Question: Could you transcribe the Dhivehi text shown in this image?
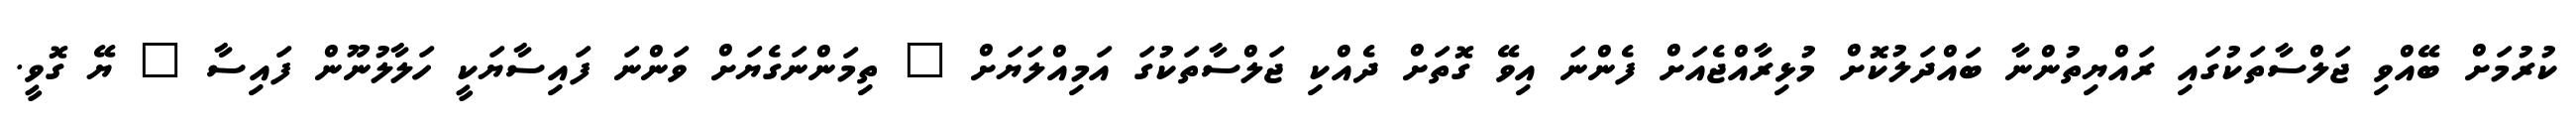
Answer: ކުރުމަށް ބޭއްވި ޖަލްސާތަކުގައި ރައްޔިތުންނާ ބައްދަލުކޮށް މުޅިރާއްޖެއަށް ފެންނަ އިވޭ ގޮތަށް ދެއްކި ޖަލްސާތަކުގަ އަމިއްލަޔަށް " ތިމަންނަގެޔަށް ވަންނަ ފައިސާޔަކީ ހަލާލުނޫން ފައިސާ " ޔޭ ގޮވީ.